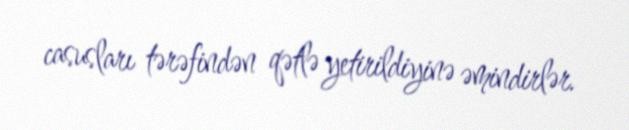
casusları tərəfindən qətlə yetirildiyinə əmindirlər.